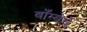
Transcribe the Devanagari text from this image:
बाँम्बेचे